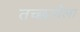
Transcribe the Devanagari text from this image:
तच्छायेला